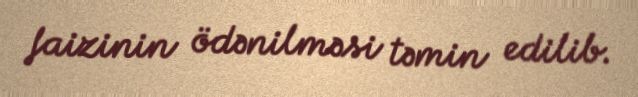
faizinin ödənilməsi təmin edilib.